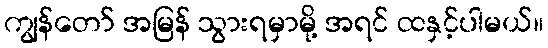
ကျွန်တော် အမြန် သွားရမှာမို့ အရင် ထနှင့်ပါမယ်။